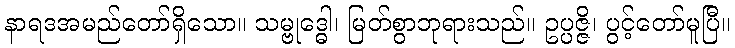
နာရဒအမည်တော်ရှိသော။ သမ္ဗုဒ္ဓေါ၊ မြတ်စွာဘုရားသည်။ ဥပ္ပဇ္ဇိ၊ ပွင့်တော်မူပြီ။